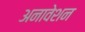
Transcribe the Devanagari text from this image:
अनावेशन